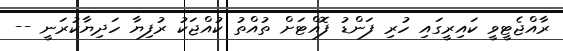
ރާއްޖެޓީވީ ކައިރީގައި ހުރި ފަންޑު ފޮއްޓަށް ތުއްތު ކުއްޖަކު ރުފިޔާ ހަދިޔާކުރަނީ --